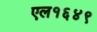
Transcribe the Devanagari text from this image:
एल१६४९